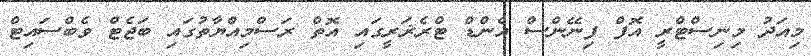
މިއަދު މިނިސްޓްރީ އޮފް ފިނޭންސް އެންޑް ޓްރެޜަރީގައި އޮތް ރަސްމިއްޔާތުގައި ބަޖެޓް ވެބްސައިޓް